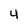
Character: 4